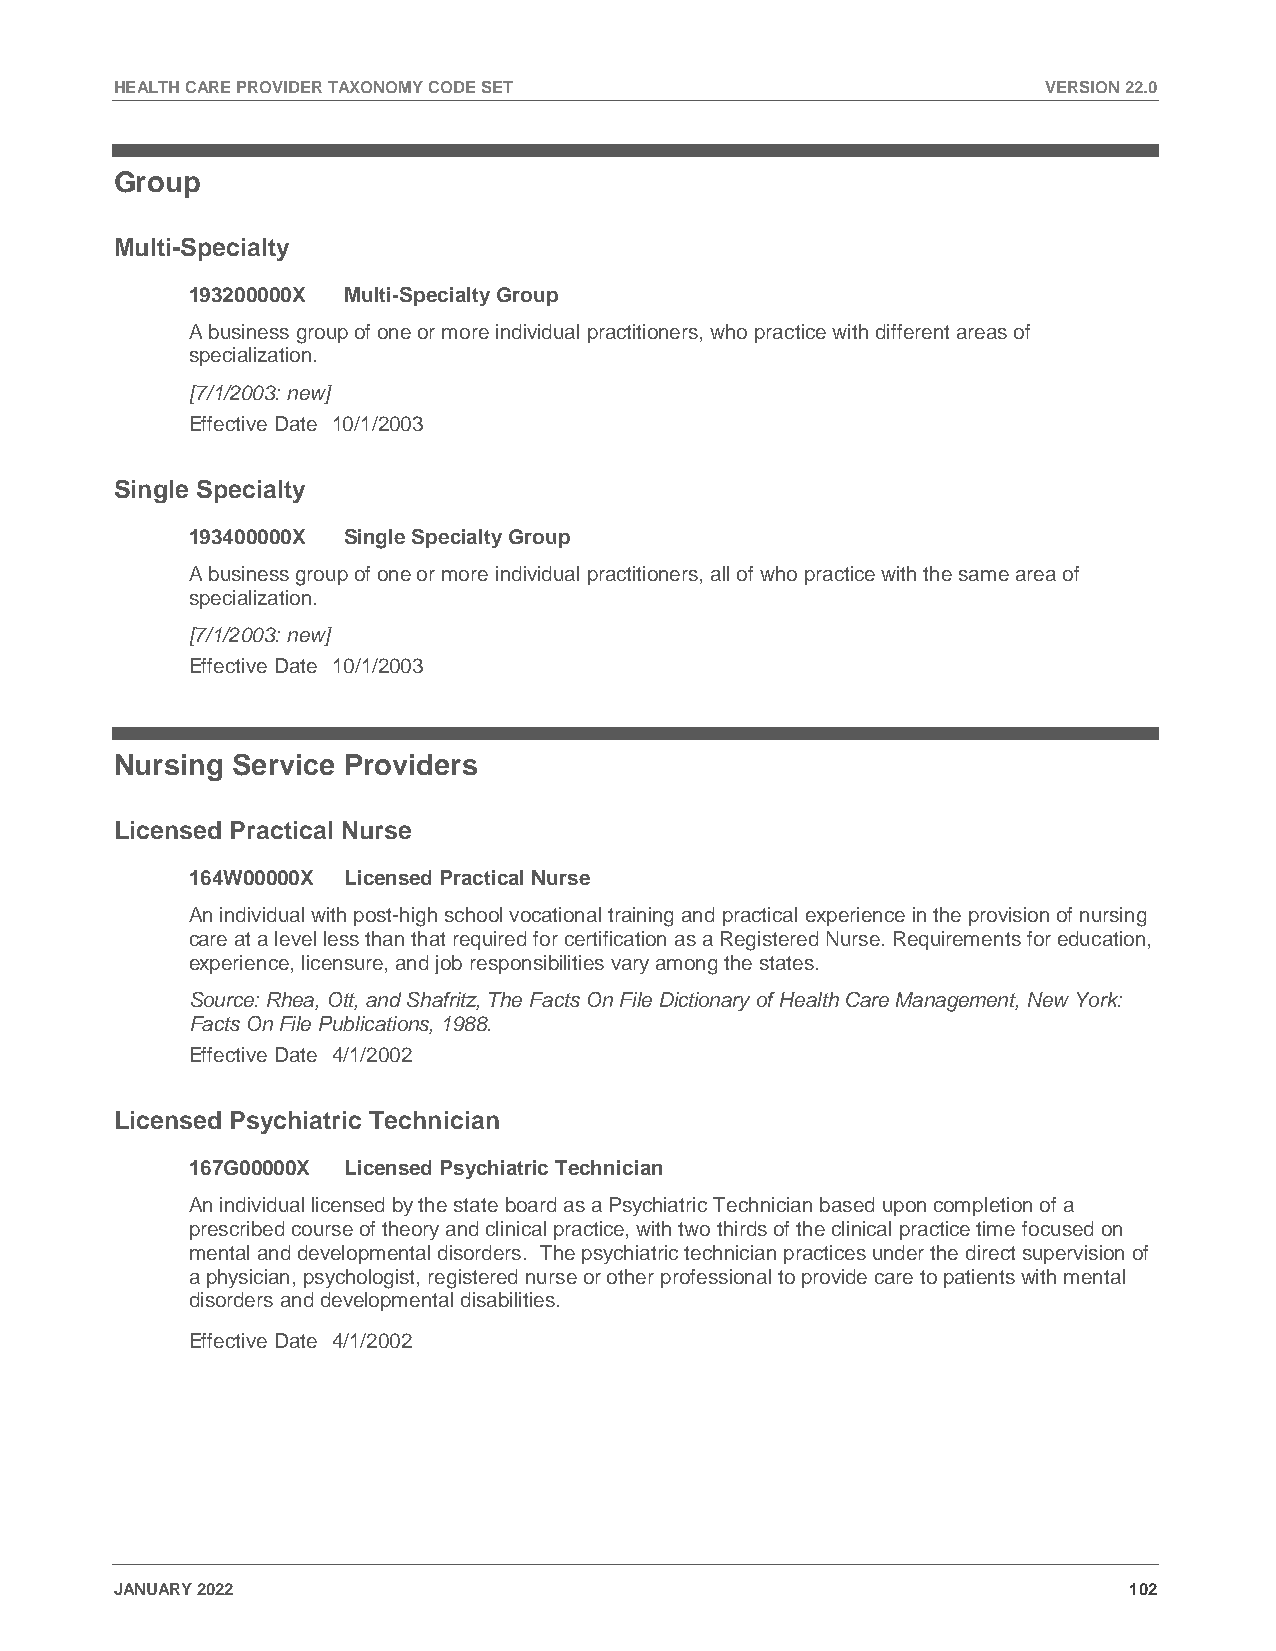
HEALTH CARE PROVIDER TAXONOMY CODE SET                       VERSION 22.0
 Group
 Multi-Specialty
 193200000X Multi-Specialty Group
 A business group of one or more individual practitioners, who practice with different areas of
 specialization.
 [7/1/2003: new]
 Effective Date 10/1/2003
 Single Specialty
 193400000X Single Specialty Group
 A business group of one or more individual practitioners, all of who practice with the same area of
 specialization.
 [7/1/2003: new]
 Effective Date 10/1/2003
 Nursing Service Providers
 Licensed Practical Nurse
 164W00000X Licensed Practical Nurse
 An individual with post-high school vocational training and practical experience in the provision of nursing
 care at a level less than that required for certification as a Registered Nurse. Requirements for education,
 experience, licensure, and job responsibilities vary among the states.
 Source: Rhea, Ott, and Shafritz, The Facts On File Dictionary of Health Care Management, New York:
 Facts On File Publications, 1988.
 Effective Date 4/1/2002
 Licensed Psychiatric Technician
 167G00000X Licensed Psychiatric Technician
 An individual licensed by the state board as a Psychiatric Technician based upon completion of a
 prescribed course of theory and clinical practice, with two thirds of the clinical practice time focused on
 mental and developmental disorders. The psychiatric technician practices under the direct supervision of
 a physician, psychologist, registered nurse or other professional to provide care to patients with mental
 disorders and developmental disabilities.
 Effective Date 4/1/2002
 JANUARY 2022                                                       102